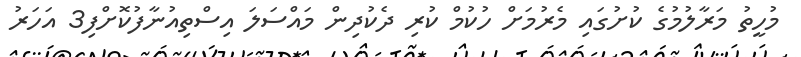
މުހީތު މަރާލުމުގެ ކުށުގައި މެރުމަށް ހުކުމް ކުރި ދެކުދިން މައްސަލަ އިސްތިއުނާފުކޮށްފި3 އަހަރު